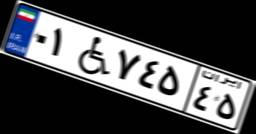
۵۴W۱۰۲۵۱